Scientific memoirs by medical officers of the Army of India - Part V,
Year: 1890
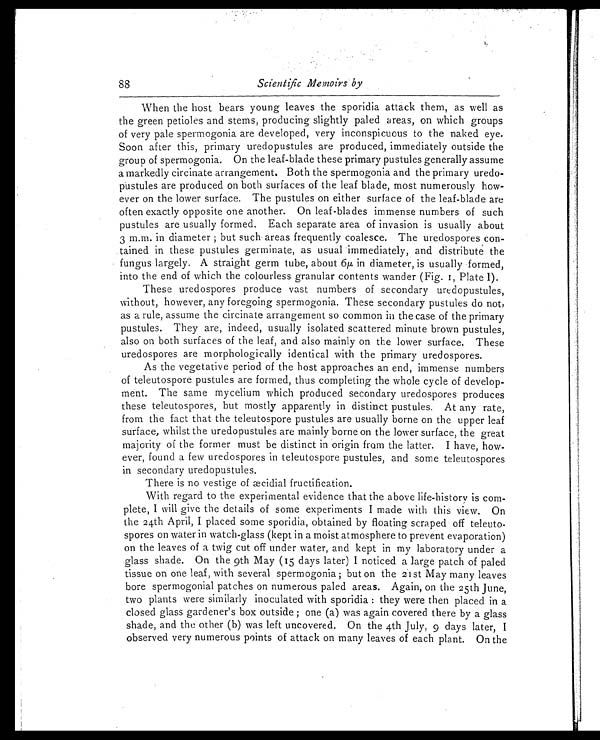
88
Scientific Memoirs by
When the host bears young leaves the sporidia attack them, as well as
the green petioles and stems, producing slightly paled areas, on which groups
of very pale spermogonia are developed, very inconspicuous to the naked eye.
Soon after this, primary uredopustules are produced, immediately outside the
group of spermogonia. On the leaf-blade these primary pustules generally assume
a markedly circinate arrangement. Both the spermogonia and the primary uredo-
pustules are produced on both surfaces of the leaf blade, most numerously how-
ever on the lower surface. The pustules on either surface of the leaf-blade are
often exactly opposite one another. On leaf-blades immense numbers of such
pustules are usually formed. Each separate area of invasion is usually about
3 m.m. in diameter; but such areas frequently coalesce. The uredospores con-
tained in these pustules germinate, as usual immediately, and distribute the
fungus largely. A straight germ tube, about 6 µ in diameter, is usually formed,
into the end of which the colourless granular contents wander (Fig. 1, Plate I).
These uredospores produce vast numbers of secondary uredopustules,
without, however, any foregoing spermogonia. These secondary pustules do not,
as a rule, assume the circinate arrangement so common in the case of the primary
pustules. They are, indeed, usually isolated scattered minute brown pustules,
also on both surfaces of the leaf, and also mainly on the lower surface. These
uredospores are morphologically identical with the primary uredospores.
As the vegetative period of the host approaches an end, immense numbers
of teleutospore pustules are formed, thus completing the whole cycle of develop-
ment. The same mycelium which produced secondary uredospores produces
these teleutospores, but mostly apparently in distinct pustules. At any rate,
from the fact that the teleutospore pustules are usually borne on the upper leaf
surface, whilst the uredopustules are mainly borne on the lower surface, the great
majority of the former must be distinct in origin from the latter. I have, how-
ever, found a few uredospores in teleutospore pustules, and some teleutospores
in secondary uredopustules.
There is no vestige of æcidial fructification.
With regard to the experimental evidence that the above life-history is com-
plete, I will give the details of some experiments I made with this view. On
the 24th April, I placed some sporidia, obtained by floating scraped off teleuto-
spores on water in watch-glass (kept in a moist atmosphere to prevent evaporation)
on the leaves of a twig cut off under water, and kept in my laboratory under a
glass shade. On the 9th May (15 days later) I noticed a large patch of paled
tissue on one leaf, with several spermogonia; but on the 21st May many leaves
bore spermogonial patches on numerous paled areas. Again, on the 25th June,
two plants were similarly inoculated with sporidia: they were then placed in a
closed glass gardener's box outside; one (a) was again covered there by a glass
shade, and the other (b) was left uncovered. On the 4th July, 9 days later, I
observed very numerous points of attack on many leaves of each plant. On the